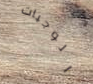
الوجبات